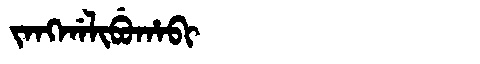
Manchu: ᠵᠠᠩᡤᠠᠯᡳᠪᡠᡥᠠᠪᡳ
Romanization: JANGGALIBUHABI